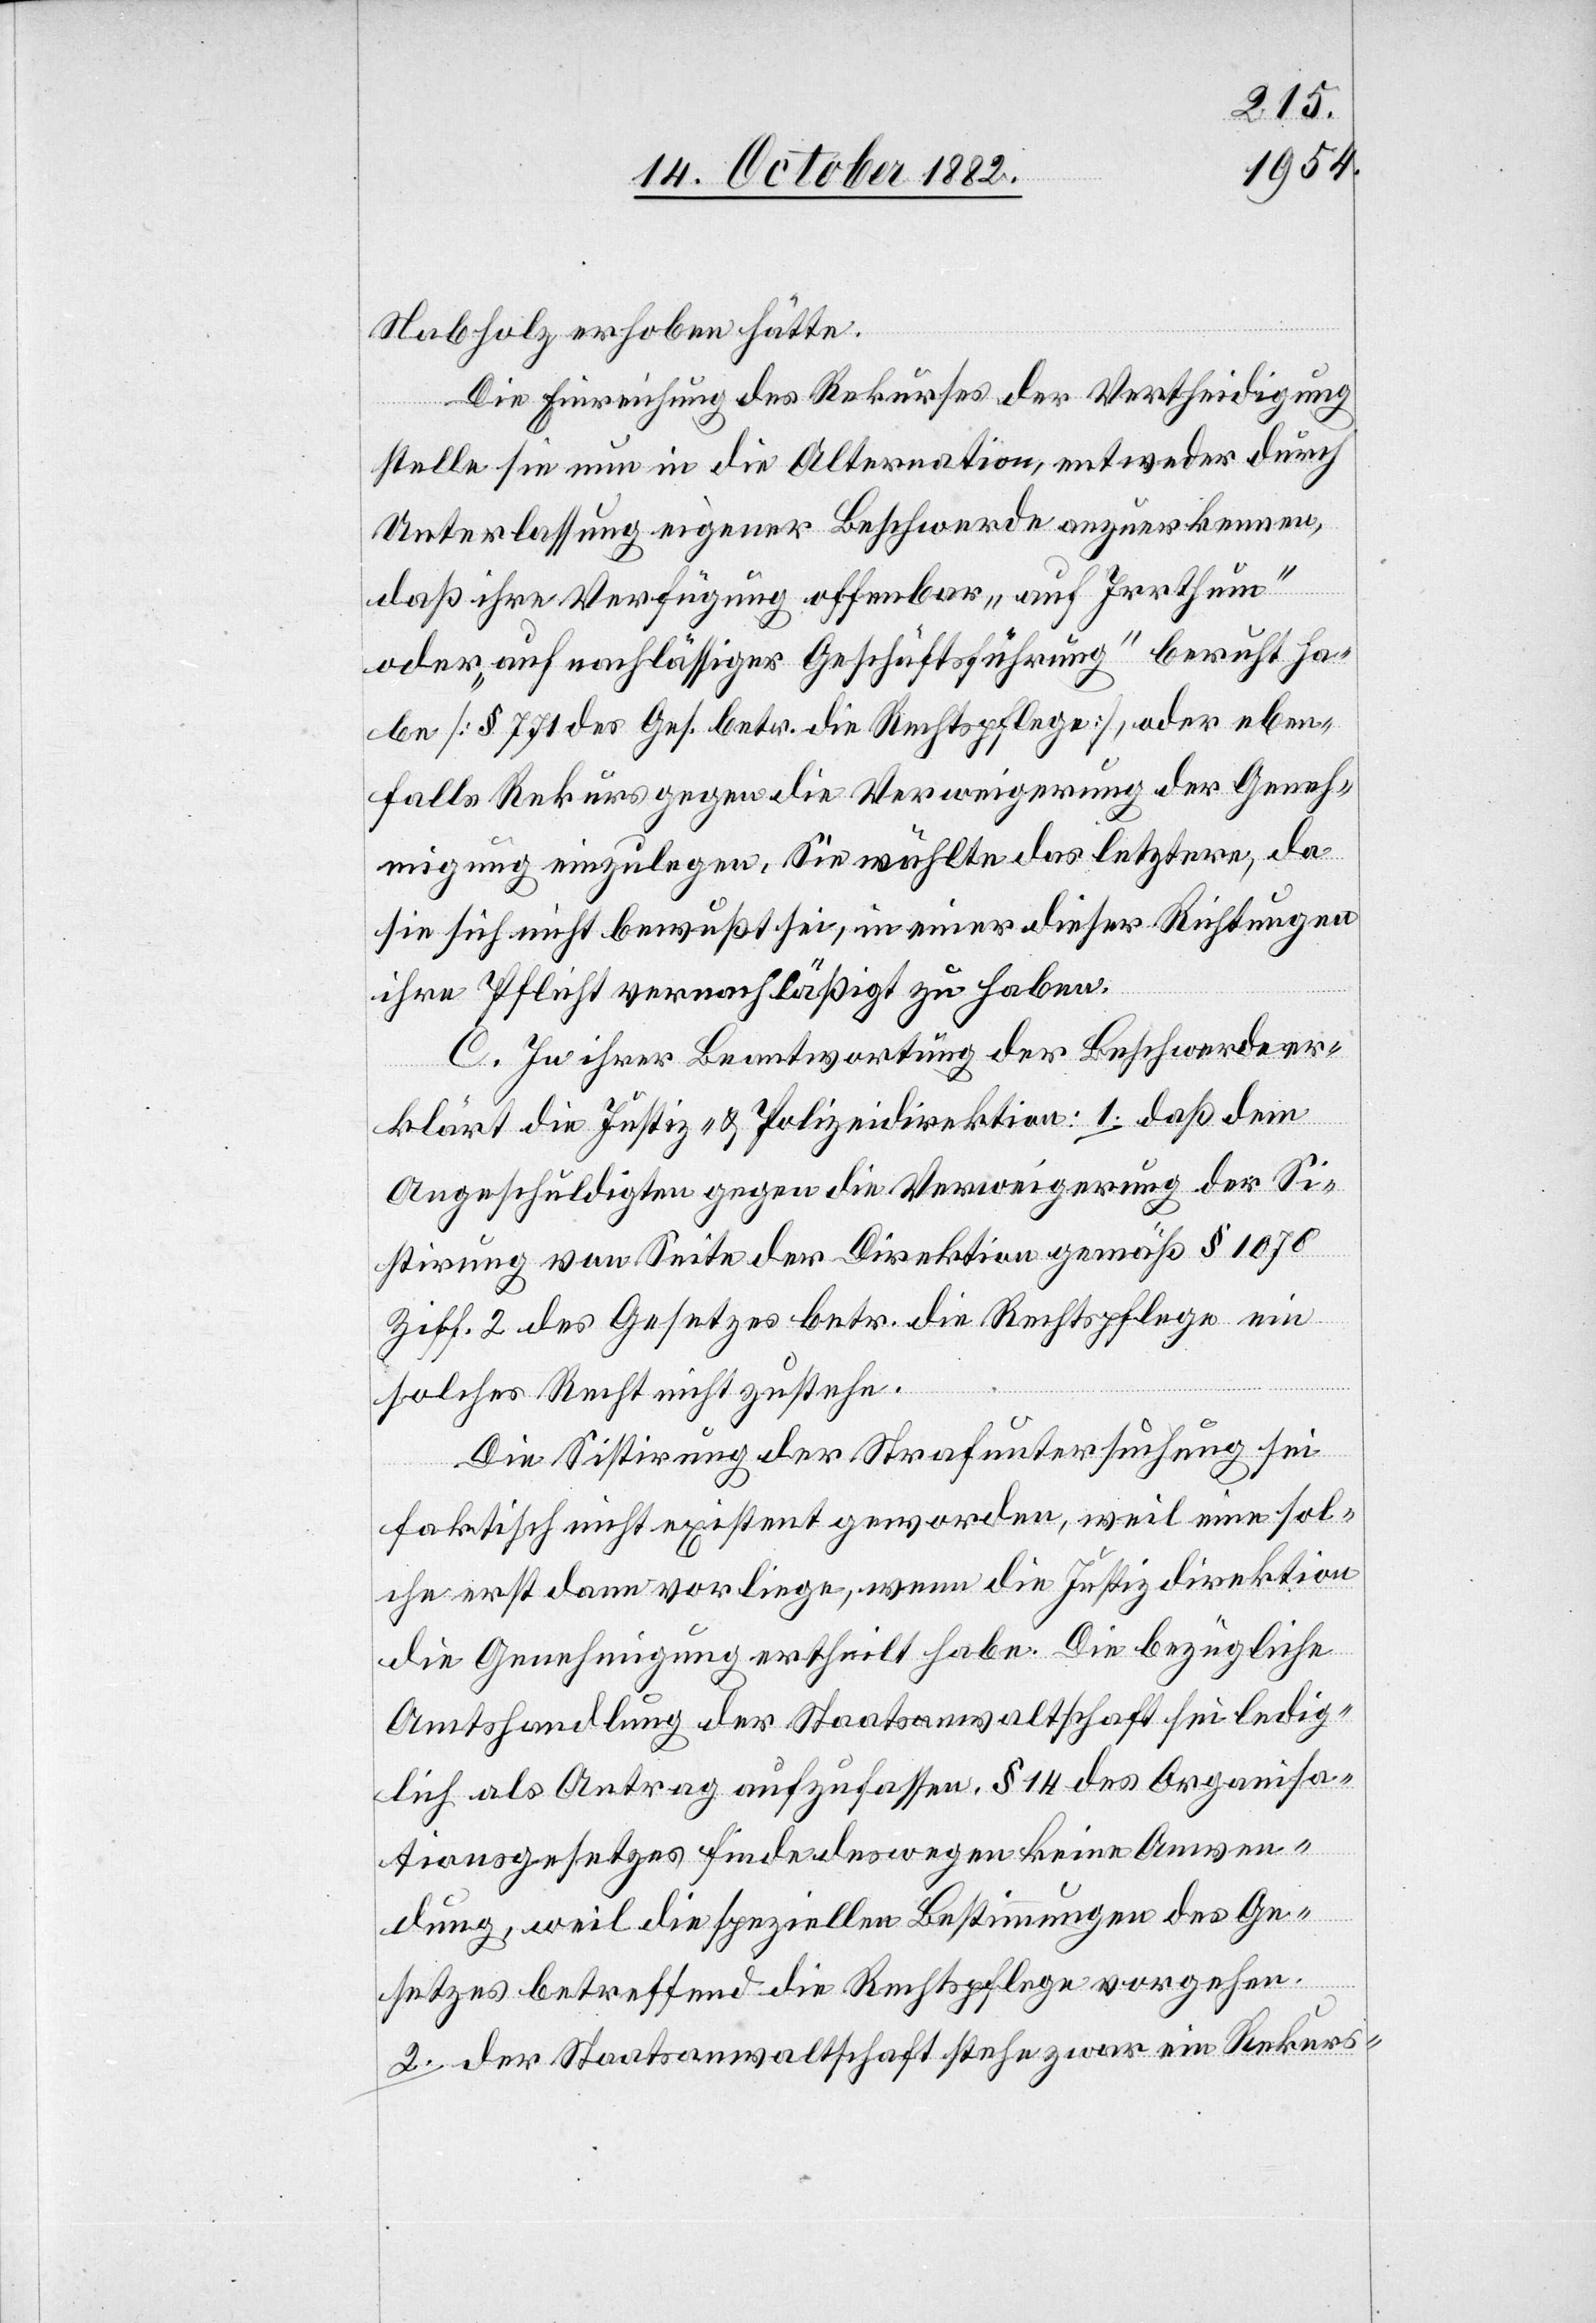
Nabholz erhoben hätte.
Die Einreichung des Rekurses der Vertheidigung
stelle sie nun in die Alternation, entweder durch
Unterlassung eigener Beschwerde anzuerkennen,
daß ihre Verfügung offenbar „auf Irrthum“
oder „auf nachlässiger Geschäftsführung“ beruht ha¬
be [§ 771 des Ges. betr. die Rechtpflege], oder eben¬
falls Rekurs gegen die Verweigerung der Geneh¬
migung einzulegen. Sie wählte als letztere, da
sie sich nicht bewußt sei, in einer dieser Richtungen
ihre Pflicht vernachläßigt zu haben.
C: In ihrer Beantwortung der Beschwerde er¬
klärt die Justiz- & Polizeidirektion: 1. daß dem
Angeschuldigten gegen die Verweigerung der Si¬
stirung von Seite der Direktion gemäß § 1070
Ziff. 2 des Gesetzes betr. die Rechtspflege ein
solches Recht nicht zustehe.
Die Sistirung der Strafuntersuchung sei
faktisch nicht existent geworden, weil eine sol¬
che erst dann vorliege, wenn die Justizdirektion
die Genehmigung ertheilt habe. Die bezügliche
Amtshandlung der Staatsanwaltschaft sei ledig¬
lich als Antrag aufzufassen. § 14 des Organisa¬
tionsgesetzes finde deswegen keine Anwen¬
dung, weil die speziellen Bestimmungen des Ge¬
setzes betreffend die Rechtspflege vorgehen.
2. der Staatsanwaltschaft stehe zwar ein Rekurs-